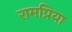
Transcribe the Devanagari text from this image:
रामप्रिया